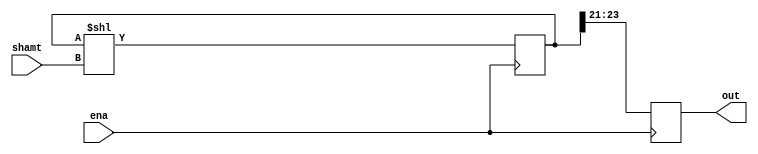
module shiftreg (ena, shamt, out);
	//function: variable left shift register after a pulse to the enable signal
	
	parameter REGS = 8; 							//Number of regesters in the level 
	parameter BITS = 3;								//number of bits per regmodule 
	parameter SHIFTS = 10;							//number of bits for the shift varaiable
	
	input wire ena;									//enable signal for the shfitreg, pulse to run
	input wire [SHIFTS-1:0] shamt; 					//this is the number of shifts to do 
	output wire [BITS-1:0] out; 					//output for shift register 
		
	reg [BITS-1:0] iout; 							//internal output register 
	reg [BITS*REGS-1:0] ishift; 					//internal shift register 
	integer i; 										//for the initializiation
	
	assign out =  iout;
	
	initial begin 									//setup the inital values
		for (i = 0; i< REGS; i=i+1)  				//shifts bits in for loop
			 ishift[(BITS * i)+:BITS] <= REGS-1 - i;
	iout <= 0;
	end
	
	// if ishift[0] == ishift [1] then there is an error when trying to shift
	
	always @ (posedge ena) begin 						//use enable pulse to shift 
		if (ena) begin 
			iout <= ishift[REGS*BITS-1:REGS*BITS-BITS]; //shift out nessisary number of bits
			ishift <= ishift << shamt;					//shift bits out of internal register
			
		end 
	end
	
endmodule